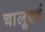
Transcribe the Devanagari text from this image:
चालूवर्ष